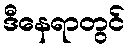
ဒီနေရာတွင်